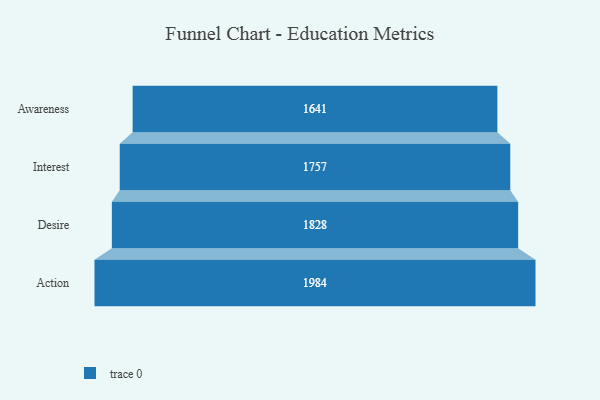
{"axis": {"x": "Stage", "y": "Value"}, "legend": [""], "data": [{"x": "Awareness", "y": 1641.0, "type": ""}, {"x": "Interest", "y": 1757.0, "type": ""}, {"x": "Desire", "y": 1828.0, "type": ""}, {"x": "Action", "y": 1984.0, "type": ""}]}